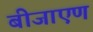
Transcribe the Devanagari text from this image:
बीजाएण